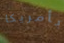
بأمريكا